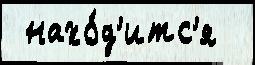
 нахо́д'итс'я